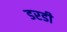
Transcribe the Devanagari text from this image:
डरडी